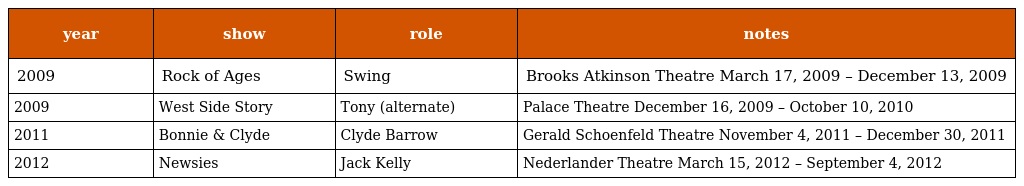
| year | show | role | notes |
 | --- | --- | --- | --- |
 | 2009 | Rock of Ages | Swing | Brooks Atkinson Theatre March 17, 2009 – December 13, 2009 |
 | 2009 | West Side Story | Tony (alternate) | Palace Theatre December 16, 2009 – October 10, 2010 |
 | 2011 | Bonnie & Clyde | Clyde Barrow | Gerald Schoenfeld Theatre November 4, 2011 – December 30, 2011 |
 | 2012 | Newsies | Jack Kelly | Nederlander Theatre March 15, 2012 – September 4, 2012 |